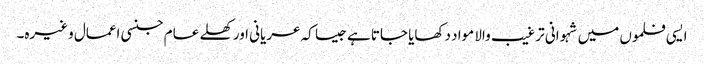
ایسی فلموں میں شہوانی ترغیب والا مواد دکھایا جاتا ہے جیسا کہ عریانی اور کھلے عام جنسی اعمال وغیرہ۔